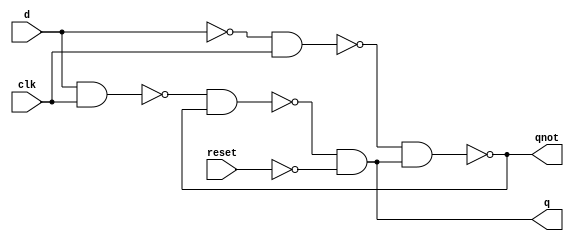
module DLatch(d,clk,reset,q,qnot);
  input d,clk,reset;
  output q,qnot;
  wire w1,w2,r;
  
  assign r = ~d;
  assign w1 = ~(d&clk);
  assign w2 = ~(r&clk);
  
  assign q = (~(w1&qnot))&~reset;
  assign qnot = ~(w2&q);
  
  
endmodule

module D_FF1(output Q,Q1,input D,clk,rst);
  wire A1,A2,clk1,S,R;
  not N2(clk1,clk);
  not N4(rst1,rst);
  nand NA1(A1,A2,S);
  nand NA2(S,clk1,rst1,A1);
  nand NA3(R,A2,S,clk1);
  nand NA4(A2,R,D,rst1);
  nand NA5(Q,S,Q1);
  nand NA6(Q1,R,Q,rst1);
endmodule

module posedgedFF(d ,clk,reset,q,qnot);
  input d,clk,reset;
  output q,qnot;
  wire w1,w2,clknot;
  
  assign clknot = ~clk;
  
  DLatch l1 (d,~clk,reset,w1,w2);
  DLatch l2 (w1,~clknot,reset,q,qnot);
endmodule
module mux_2to1 (inp1,inp2,select,op);
  input inp1,inp2,select;
  output op;
  
  assign op = (select)?inp1:inp2;
endmodule

module Universal_shift_reg (output [3:0] data_out, input [3:0] data_in, input clk, select, clear);
  
  wire [3:0] w,w1;
  
  mux_2to1 m0 (data_out[0], data_in[0], select, w[0]);
  mux_2to1 m1 (data_out[1], data_in[1], select, w[1]);
  mux_2to1 m2 (data_out[2], data_in[2], select, w[2]);
  mux_2to1 m3 (data_out[3], data_in[3], select, w[3]);
  
  posedgedFF dff0(w[0],clk,clear,data_out[0],w1[0]);
  posedgedFF dff1(w[1],clk,clear,data_out[1],w1[1]);
  posedgedFF dff2(w[2],clk,clear,data_out[2],w1[2]);
  posedgedFF dff3(w[3],clk,clear,data_out[3],w1[3]);
  
endmodule

module decoder (input [1:0]s, input enable, output [3:0]O);
  
  assign O[3] = ~(~s[0]&~s[1]&~enable);
  assign O[2] = ~(s[0]&~s[1]&~enable);
  assign O[1] = ~(~s[0]&s[1]&~enable);
  assign O[0] = ~(s[0]&s[1]&~enable);
  
endmodule

module mux_4to1(Y, A, B, C, D, sel, en);
  output Y;
  input A, B, C, D, en;
  input [1:0] sel;
    assign Y = (en)? 0 :((sel[1])?((sel[0])? D : C) : ((sel[0])? B : A));
endmodule

module memoryblock (input [3:0] InputA, InputB, input [1:0] select, input RW,output [3:0] OutputA,OutputB);
  wire [3:0] w1, w2, w3, w4, w5, w6, w7, w8, w9;
  wire rst,enable;
  assign rst = 1'b0;
  assign enable = 1'b0;
  decoder D1 (select, enable, w1);
  
  Universal_shift_reg word0 (w2, InputA, RW, w1[3], rst);
  Universal_shift_reg word1 (w3, InputA, RW, w1[2], rst);
  Universal_shift_reg word2 (w4, InputA, RW, w1[1], rst);
  Universal_shift_reg word3 (w5, InputA, RW, w1[0], rst);
  Universal_shift_reg word4 (w6, InputB, RW, w1[3], rst);
  Universal_shift_reg word5 (w7, InputB, RW, w1[2], rst);
  Universal_shift_reg word6 (w8, InputB, RW, w1[1], rst);
  Universal_shift_reg word7 (w9, InputB, RW, w1[0], rst);
  
  mux_4to1 digit0 (OutputA[3], w2[3], w3[3], w4[3], w5[3], select, RW);
  mux_4to1 digit1 (OutputA[2], w2[2], w3[2], w4[2], w5[2], select, RW);
  mux_4to1 digit2 (OutputA[1], w2[1], w3[1], w4[1], w5[1], select, RW);
  mux_4to1 digit3 (OutputA[0], w2[0], w3[0], w4[0], w5[0], select, RW);
  mux_4to1 digit4 (OutputB[3], w6[3], w7[3], w8[3], w9[3], select, RW);
  mux_4to1 digit5 (OutputB[2], w6[2], w7[2], w8[2], w9[2], select, RW);
  mux_4to1 digit6 (OutputB[1], w6[1], w7[1], w8[1], w9[1], select, RW);
  mux_4to1 digit7 (OutputB[0], w6[0], w7[0], w8[0], w9[0], select, RW);
endmodule

module t_memoryblock1;
  reg [3:0] t_InputA, t_InputB;
  reg [1:0] t_select;
  reg t_RW; 
  wire [3:0] t_OutputA, t_OutputB;
  
  memoryblock mem(t_InputA, t_InputB, t_select, t_RW, t_OutputA, t_OutputB);
  
  initial # 880 $finish;
  initial begin 
    
    t_InputA <= 4'b1010;
    t_InputB <= 4'b0101;
    t_select <= 2'b00;
    t_RW <= 0;
    
    #10
    t_InputA <= 4'b1010;
    t_InputB <= 4'b0101;
    t_select <= 2'b00;
    t_RW <= 1;
    
    #100
     
    t_InputA <= 4'b1010;
    t_InputB <= 4'b0101;
    t_select <= 2'b01;
    t_RW <= 0;
    
    #10
    t_InputA <= 4'b0000;
    t_InputB <= 4'b1111;
    t_select <= 2'b01;
    t_RW <= 1;
    
    #100
     
    t_InputA <= 4'b1010;
    t_InputB <= 4'b0101;
    t_select <= 2'b10;
    t_RW <= 0;
    
    #10
    t_InputA <= 4'b0011;
    t_InputB <= 4'b1100;
    t_select <= 2'b10;
    t_RW <= 1;
    
     #100
     t_InputA <= 4'b1010;
    t_InputB <= 4'b0101;
    t_select <= 2'b11;
    t_RW <= 0;
    
    #10
    t_InputA <= 4'b0001;
    t_InputB <= 4'b1000;
    t_select <= 2'b11;
    t_RW <= 1;
    
     #100
     
    t_select <= 2'b00;
    t_RW <= 1;
    
    #10
    t_select <= 2'b00;
    t_RW <= 0;
    
     #100
      t_select <= 2'b00;
    t_RW <= 1;
    
    #10
    t_select <= 2'b01;
    t_RW <= 0;
    
     #100
      t_select <= 2'b00;
    t_RW <= 1;
    
    #10
    t_select <= 2'b10;
    t_RW <= 0;

     #100
      t_select <= 2'b00;
    t_RW <= 1;
    
    #10
    t_select <= 2'b11;
    t_RW <= 0;
    
  end
endmodule

module t_memoryblock2;
  reg [3:0] t_InputA, t_InputB;
  reg [1:0] t_select;
  reg t_RW; 
  wire [3:0] t_OutputA, t_OutputB;
  
  memoryblock mem(t_InputA, t_InputB, t_select, t_RW, t_OutputA, t_OutputB);
  
  initial # 840 $finish;
  initial begin 
    
    t_InputA <= 4'b1010;
    t_InputB <= 4'b0101;
    t_select <= 2'b00;
    t_RW <= 0;
    
    #10
    t_InputA <= 4'b1010;
    t_InputB <= 4'b0101;
    t_select <= 2'b00;
    t_RW <= 1;
    
    #100
     
    t_select <= 2'b00;
    t_RW <= 0;
    
    #100
    t_InputA <= 4'b0000;
    t_InputB <= 4'b1111;
    t_select <= 2'b01;
    t_RW <= 0;
    
    #10
    t_InputA <= 4'b0000;
    t_InputB <= 4'b1111;
    t_select <= 2'b01;
    t_RW <= 1;
    
    #100
     
    t_select <= 2'b01;
    t_RW <= 0;
    
    #100
    t_InputA <= 4'b0011;
    t_InputB <= 4'b1100;
    t_select <= 2'b10;
    t_RW <= 0;
    
    #10
    t_InputA <= 4'b0011;
    t_InputB <= 4'b1100;
    t_select <= 2'b10;
    t_RW <= 1;
    
     #100
    t_select <= 2'b10;
    t_RW <= 0;
    
    #100
    t_InputA <= 4'b0001;
    t_InputB <= 4'b1000;
    t_select <= 2'b11;
    t_RW <= 0;
    
    #10
    t_InputA <= 4'b0001;
    t_InputB <= 4'b1000;
    t_select <= 2'b11;
    t_RW <= 1;
    
     #100
     
    t_select <= 2'b11;
    t_RW <= 0;
    
    
  end
endmodule